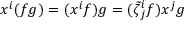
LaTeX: x ^ { i } ( f g ) = ( x ^ { i } f ) g = ( \tilde { \zeta } _ { j } ^ { i } f ) x ^ { j } g